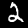
Label: 2